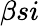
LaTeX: \beta si